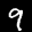
Label: 9